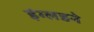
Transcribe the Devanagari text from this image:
इंग्लडने